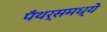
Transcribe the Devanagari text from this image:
पँथर्समध्ये